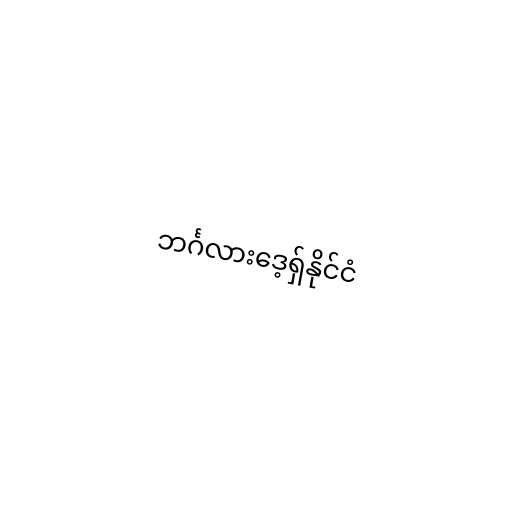
ဘင်္ဂလားဒေ့ရှ်နိုင်ငံ